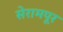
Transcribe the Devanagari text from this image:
सेरामपूर